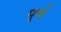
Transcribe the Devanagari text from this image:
पूर्च